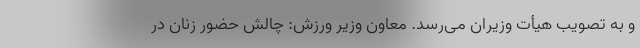
و به تصویب هیأت وزیران می‌رسد. معاون وزیر ورزش: چالش حضور زنان در